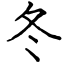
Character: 冬